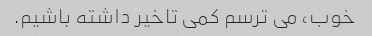
خوب، می ترسم کمی تاخیر داشته باشیم.